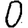
Digit: 0